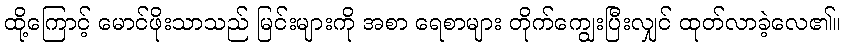
ထို့ကြောင့် မောင်ဖိုးသာသည် မြင်းများကို အစာ ရေစာများ တိုက်ကျွေးပြီးလျှင် ထုတ်လာခဲ့လေ၏။